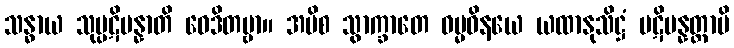
သန္ဓာယ သုပ္ပဋိပန္နာတိ ဝေဒိတဗ္ဗာ။ အပိစ သွာက္ခာတေ ဓမ္မဝိနယေ ယထာနုသိဋ္ဌံ ပဋိပန္နတ္တာပိ